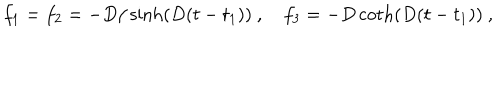
f _ { 1 } = f _ { 2 } = - D / \sinh ( D ( t - t _ { 1 } ) ) ~ , ~ f _ { 3 } = - D \coth ( D ( t - t _ { 1 } ) ) ~ ,